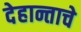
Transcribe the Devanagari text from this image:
देहान्ताचे